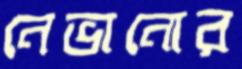
নেভানোর